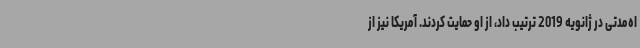
اه‌مدتی در ژانویه 2019 ترتیب داد، از او حمایت کردند. آمریکا نیز از